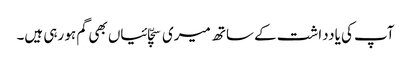
آپ کی یادداشت کے ساتھ میری سچّائیاں بھی گم ہو رہی ہیں۔